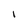
Character: I